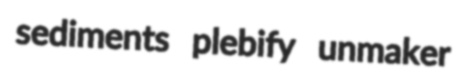
sediments plebify unmaker